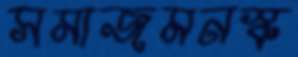
সমাজমনস্ক